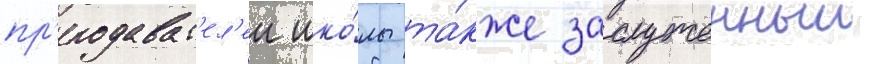
пр'еподават'ел'еи шко́лы та́кже заслуженныи